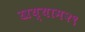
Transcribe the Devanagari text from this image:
खय्याम२९